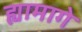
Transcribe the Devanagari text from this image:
ह्यामागे